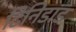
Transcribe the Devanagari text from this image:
टिनिडाड